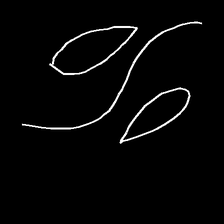
Glyph: water